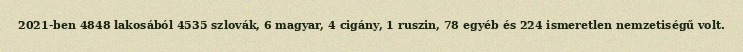
2021-ben 4848 lakosából 4535 szlovák, 6 magyar, 4 cigány, 1 ruszin, 78 egyéb és 224 ismeretlen nemzetiségű volt.